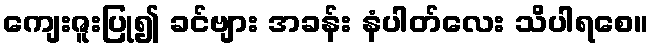
ကျေးဇူးပြု၍ ခင်ဗျား အခန်း နံပါတ်လေး သိပါရစေ။